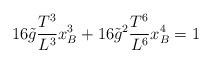
LaTeX: \begin{align*}16\tilde{g} \frac{T^3 }{L^3 } x_B^3 + 16\tilde{g}^{2} \frac{T^6 }{L^6 }x_B^4 =1\end{align*}